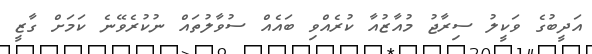
އަދީބުގެ ވަކީލު ސިރާޖު މުއާޒުއާ ކުރެއްވި ބައެއް ސުވާލުތައް ނުކުރެވޭނެ ކަމަށް ގާޒީ